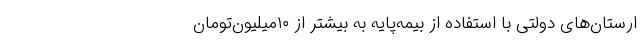
ارستان‌های دولتی با استفاده از بیمه‌پایه به بیشتر از ۱۰میلیون‌تومان